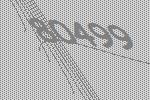
80499